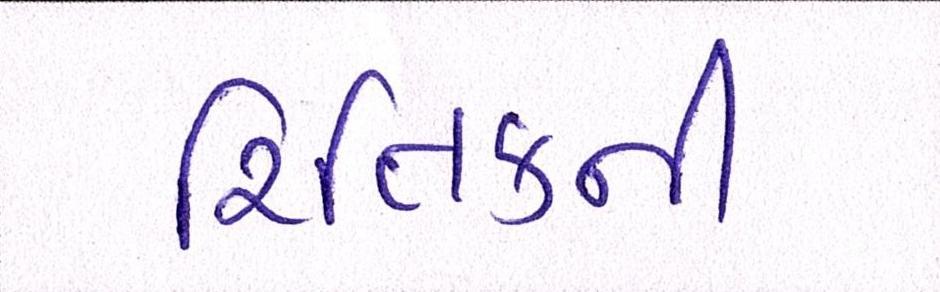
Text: રિતિકની